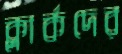
ক্লার্কদের